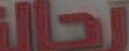
رحالة